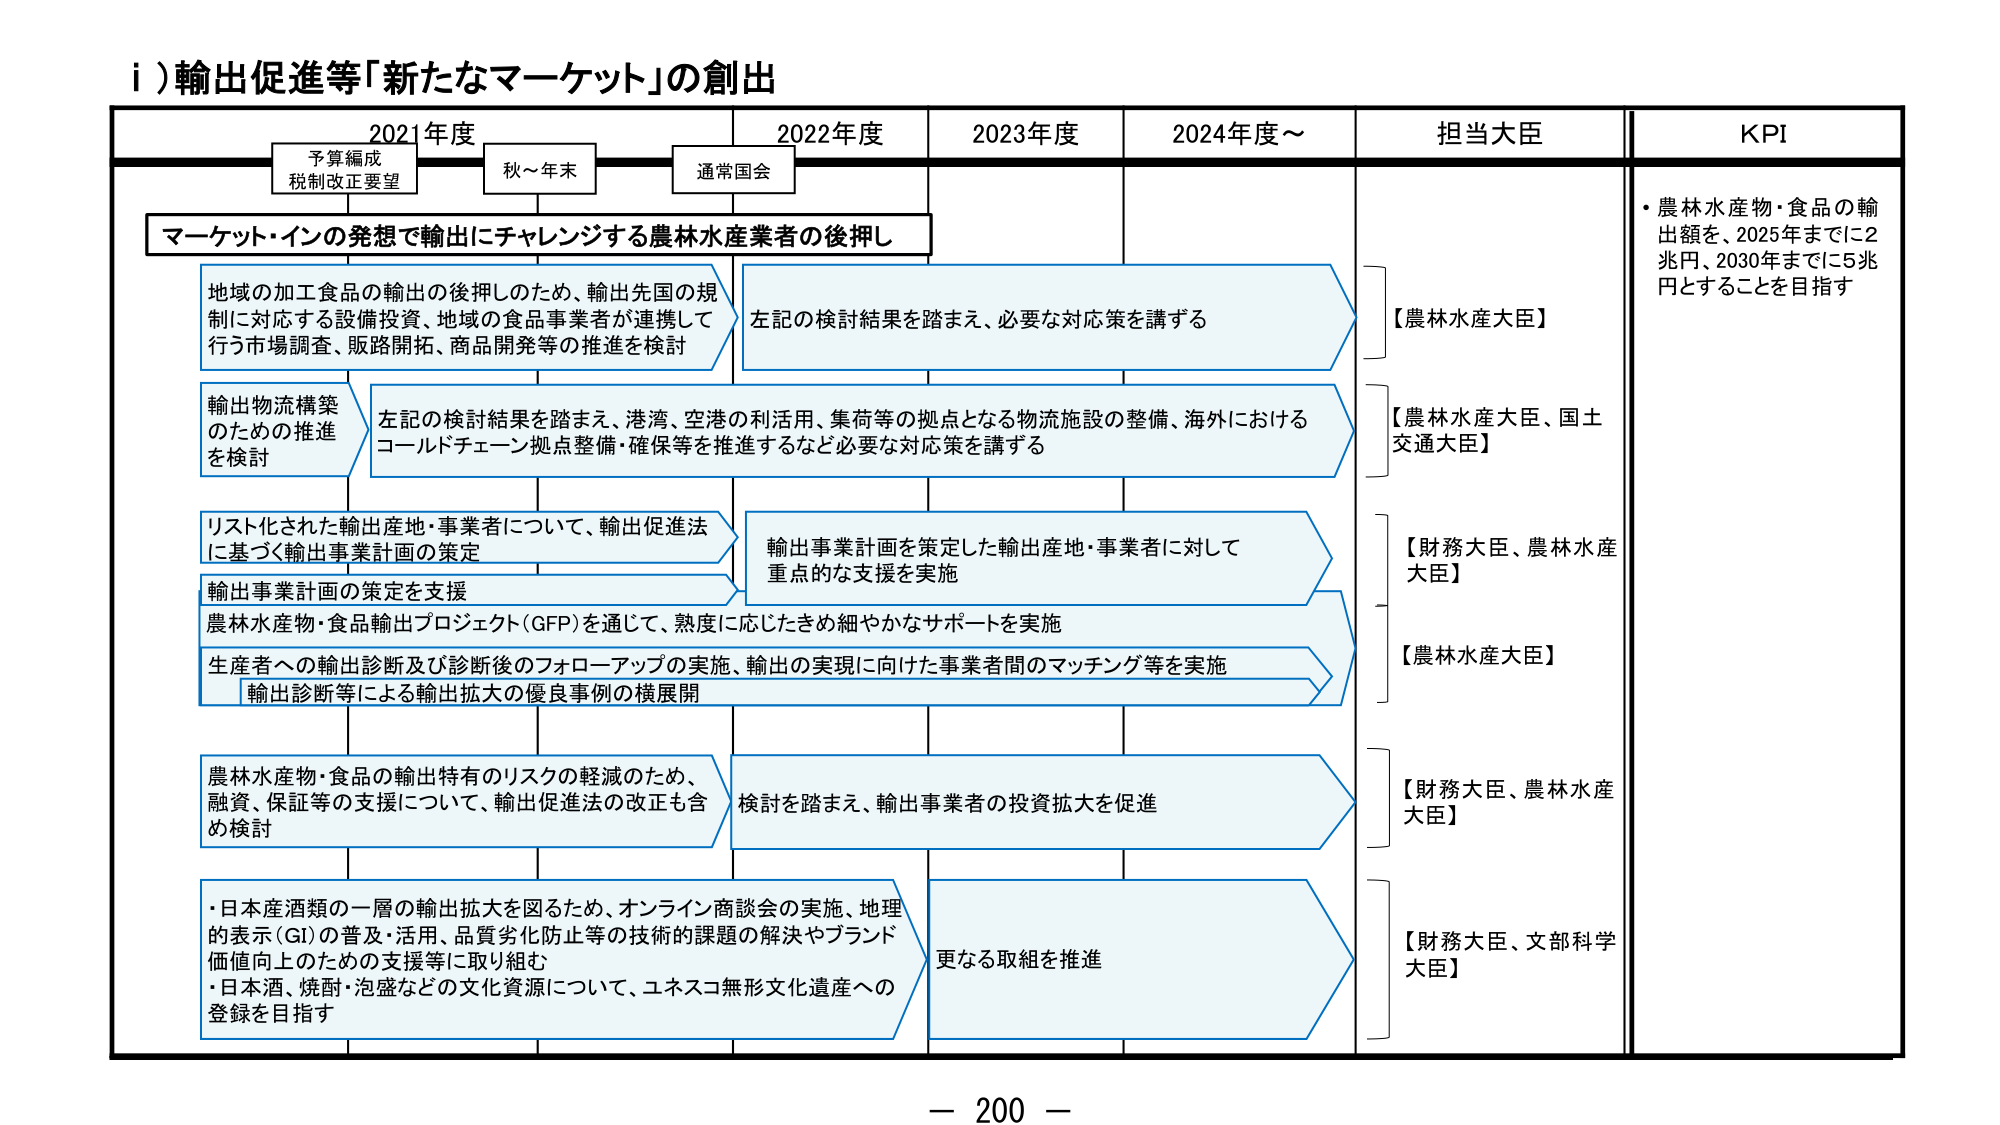
i）輸出促進等「新たなマーケット」の創出

2021年度　　　　　2022年度　　　　　2023年度　　　　　2024年度～　　　　　担当大臣　　　　　KPI

予算編成